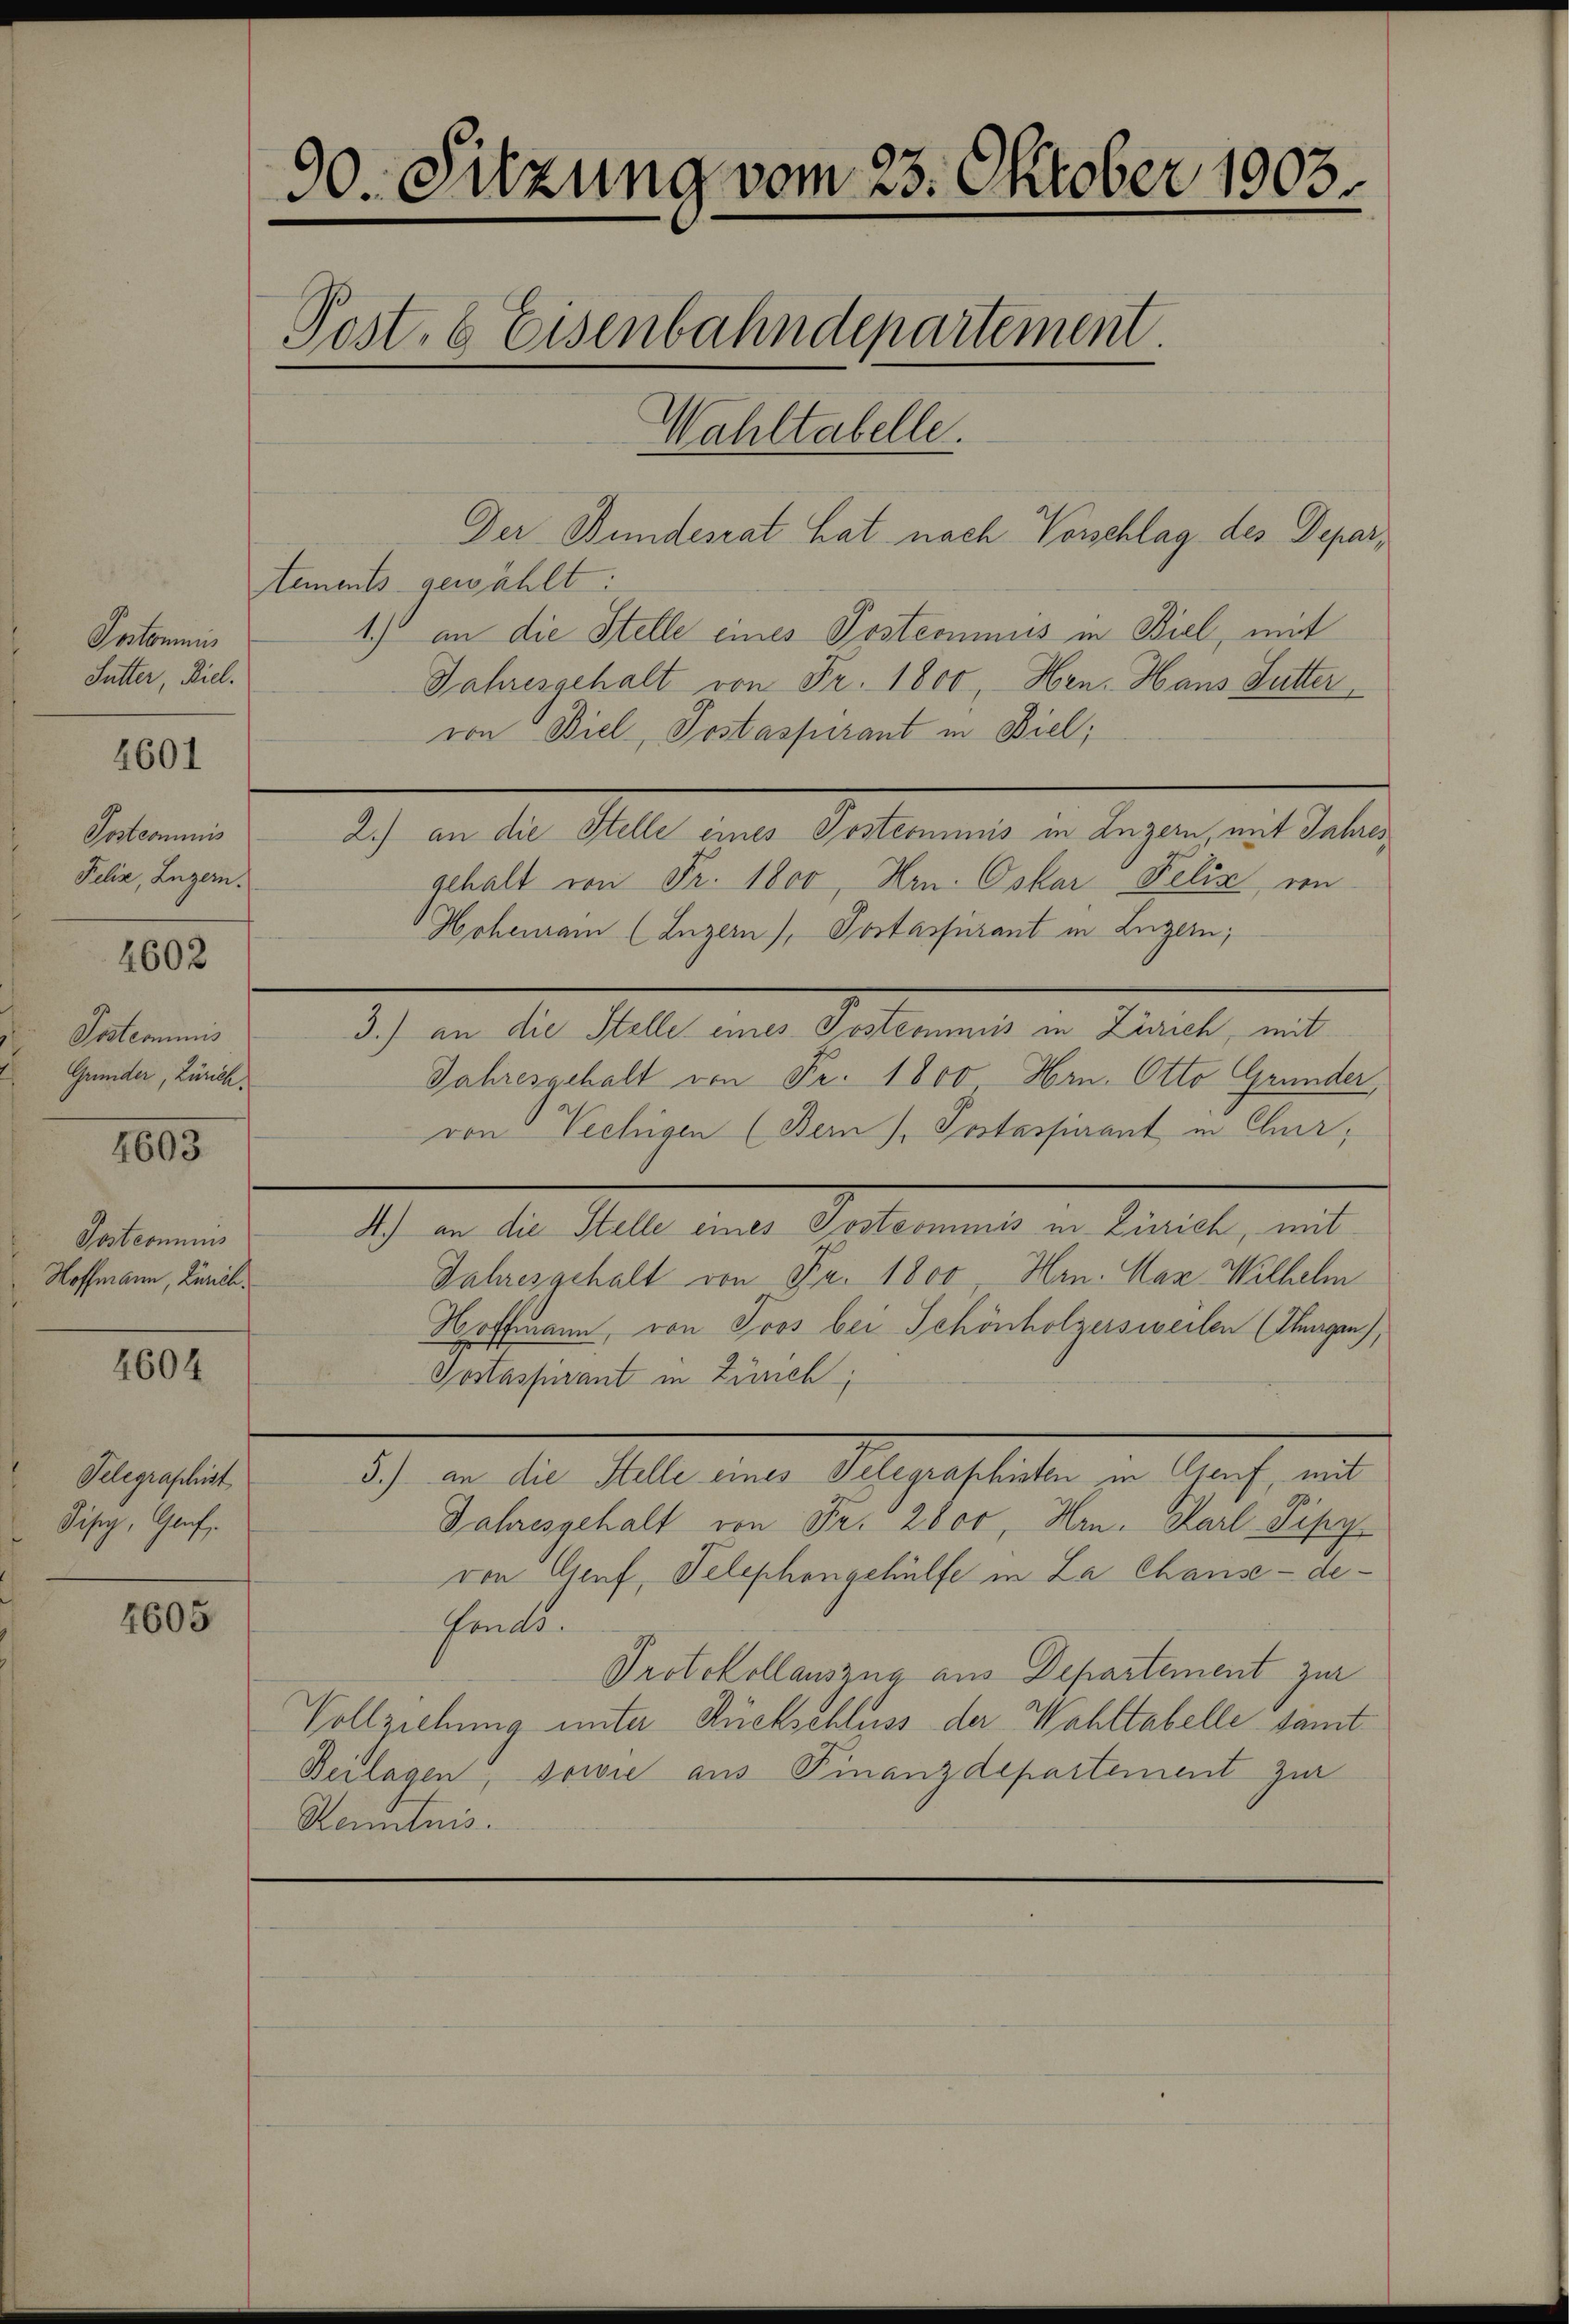
Poskommis
Sutter, Biel.

4601

Postcommis
Pelis, Luzern.

4602

Postcommis
Gründer, Zürich.

4605

Postcommis
Hoffmann, Zürich.

4604

Telegraphist
Disy, Graf

4605

90. Sitzung vom 23. Oktober 1903
Post, 6 Eisenbahndepartement
Wahltabelle.

Der Bundesrat hat nach Vorschlag des Departements gewählt:
1.) an die Stelle eines Postcominiis in Biel, mit
Jahresgehalt von Fr. 1800, Hen. Hans Futter
von Biel, Postaspirant in Biel;
gehalt von Fr. 1800, Hrn. Oskar Felix von
Hohenram (Luzern), Portassurant in Luzern;
3.) an die Stelle eines Postcommis in Zürich, mit
Jahresgehalt von Fr. 1800 Hrn. Otto Grunder,
von Vechigen (Bern), Postarsivant in Chur,
A.) an die Stelle eines Postcommis in Zürich, mit
Jahresgehalt von Fr. 1800, Hrn. Max Wilhelm
Hoffmann, von Tros bei Schönholzersweilen (Thagen),
Sostaspirant in Zürich,
3.) an die Stelle eines Telegraphisten in Genf, mit
Jahresgehalt von Fr. 2600, Hrn. Karl Pipy
von Genf, Telephongehülfe in La Chause - de¬
Hends.
Protokollauszug aus Departement zur
Vollziehung unter Rückschluss der Wahltabelle samt
Beilagen, sowie aus Finanzdepartement zur
Renntnis.

2.) an die Stelle eines Postcommis in Luzern, mit Jahres